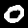
Digit: 0